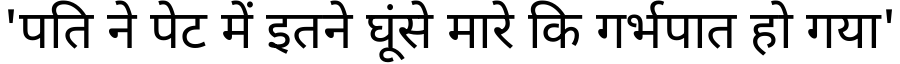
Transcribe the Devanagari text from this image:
'पति ने पेट में इतने घूंसे मारे कि गर्भपात हो गया'